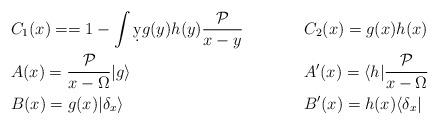
LaTeX: \begin{align*}& C_1(x)==1-\int \d y g(y)h(y)\frac{\mathcal{P}}{x-y}&& C_2(x)=g(x)h(x)\\& A(x)=\frac{\mathcal{P}}{x-\Omega}| g \rangle && A'(x)= \langle h |\frac{\mathcal{P}}{x-\Omega} \\& B(x) = g(x) | \delta_ x \rangle&& B'(x)=h(x) \langle \delta_x |\end{align*}